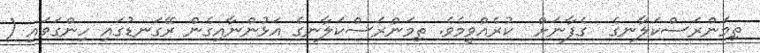
ތިމަންރަސްކަލާނގެ  ގެފާނަށް  ކުރެއްވީމެވެ. ތިމަންރަސްކަލާނގެ އަޅުންނާއިގެން ރޭގަނޑުގައި ހިންގަވައި (